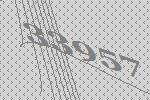
33957